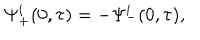
\Psi _ { + } ^ { i } ( 0 , \tau ) = - \Psi _ { - } ^ { i } ( 0 , \tau ) ,